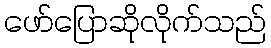
ဖော်ပြောဆိုလိုက်သည်